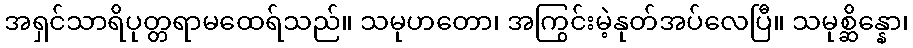
အရှင်သာရိပုတ္တရာမထေရ်သည်။ သမုဟတော၊ အကြွင်းမဲ့နုတ်အပ်လေပြီ။ သမုစ္ဆိန္နော၊